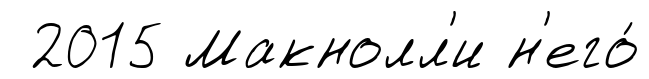
2015 Макнолл'и н'его́